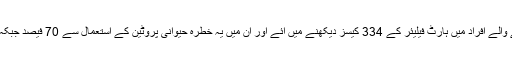
نتائج سے معلوم ہوا کہ زیادہ پروٹین کھانے والے افراد میں ہارٹ فیلیئر کے 334 کیسز دیکھنے میں آئے اور ان میں یہ خطرہ حیوانی پروٹین کے استعمال سے 70 فیصد جبکہ نباتاتی پروٹین سے 27.7 فیصد تک بڑھا۔